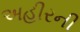
અહીરની